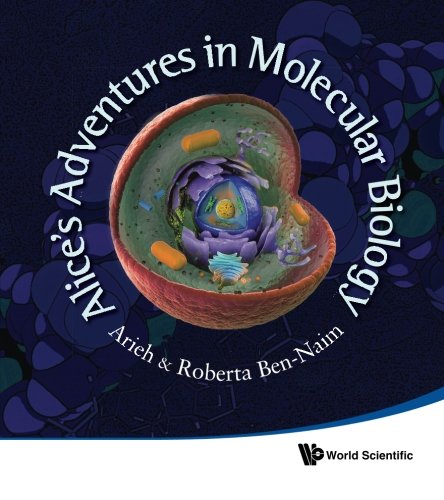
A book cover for Alice's Adventures in Molecular Biology; Arieh Ben-Naim; Humor & Entertainment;